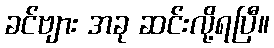
ခင်ဗျား အခု ဆင်းလို့ရပြီ။